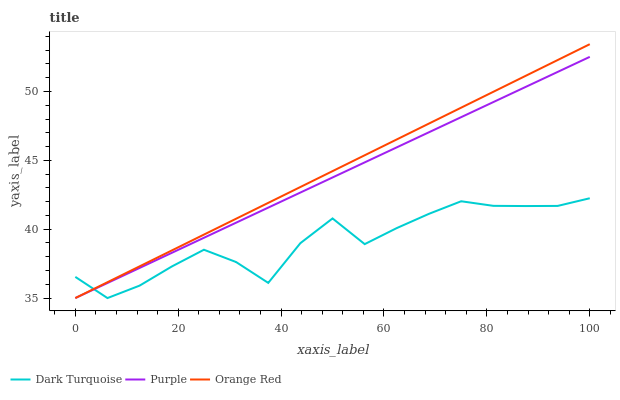
| xaxis_label | Dark Turquoise | Purple | Orange Red |
 | --- | --- | --- | --- |
 | 0 | 36.5 | 35 | 35 |
 | 6.25 | 35 | 36.1 | 36.2 |
 | 12.5 | 35.9 | 37.2 | 37.3 |
 | 18.8 | 37.3 | 38.3 | 38.5 |
 | 25 | 38.5 | 39.4 | 39.6 |
 | 31.2 | 37.6 | 40.5 | 40.8 |
 | 37.5 | 36.1 | 41.6 | 41.9 |
 | 43.8 | 39 | 42.7 | 43.1 |
 | 50 | 40.8 | 43.8 | 44.2 |
 | 56.2 | 38.9 | 44.9 | 45.4 |
 | 62.5 | 40.1 | 45.9 | 46.5 |
 | 68.8 | 41.1 | 47 | 47.7 |
 | 75 | 42 | 48.1 | 48.8 |
 | 81.2 | 41.7 | 49.2 | 50 |
 | 87.5 | 41.7 | 50.3 | 51.1 |
 | 93.8 | 41.7 | 51.4 | 52.3 |
 | 100 | 42.2 | 52.5 | 53.4 |